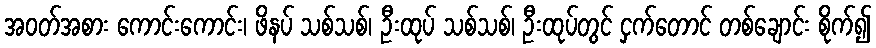
အဝတ်အစား ကောင်းကောင်း၊ ဖိနပ် သစ်သစ်၊ ဦးထုပ် သစ်သစ်၊ ဦးထုပ်တွင် ငှက်တောင် တစ်ချောင်း စိုက်၍